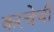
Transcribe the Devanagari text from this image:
करचेची